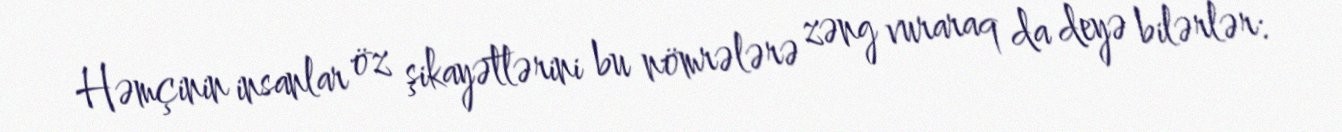
Həmçinin insanlar öz şikayətlərini bu nömrələrə zəng vuraraq da deyə bilərlər: